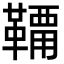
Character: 𩌸